65_HS1-834228961_62-HQ-83894_Section_9
Agency: FBI
Page 257
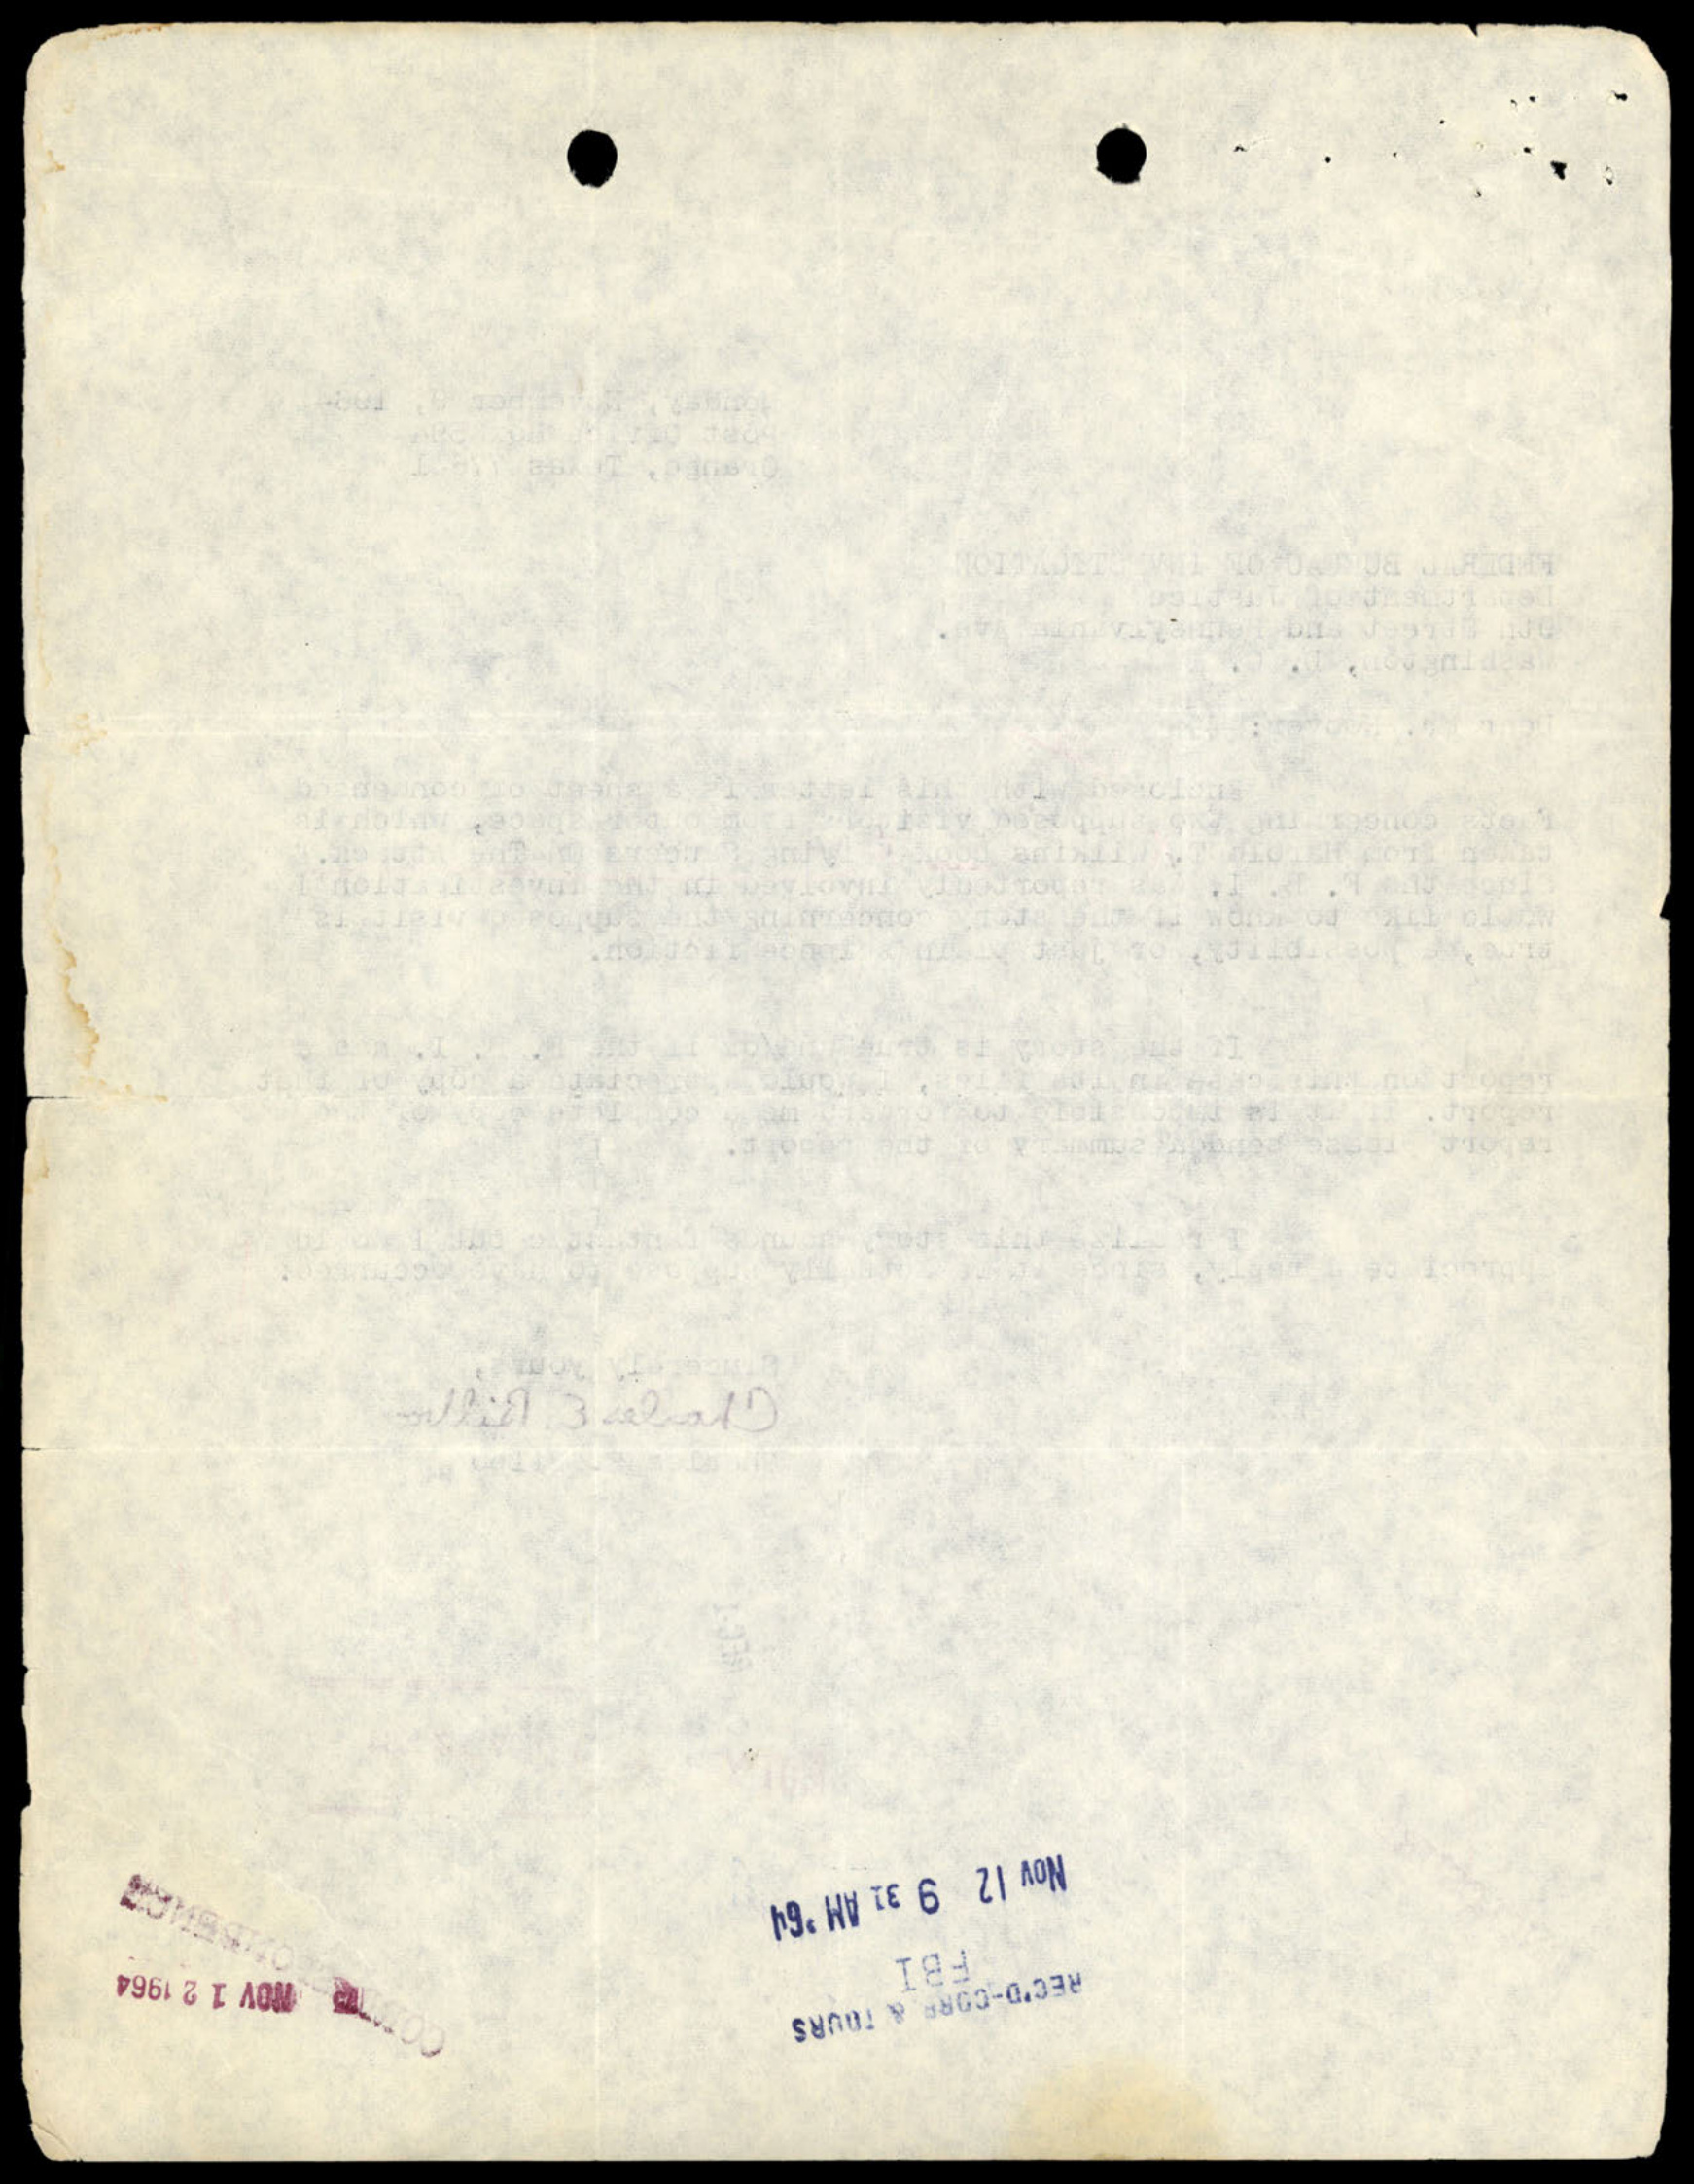